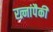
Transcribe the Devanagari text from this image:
रत्नांपैकी